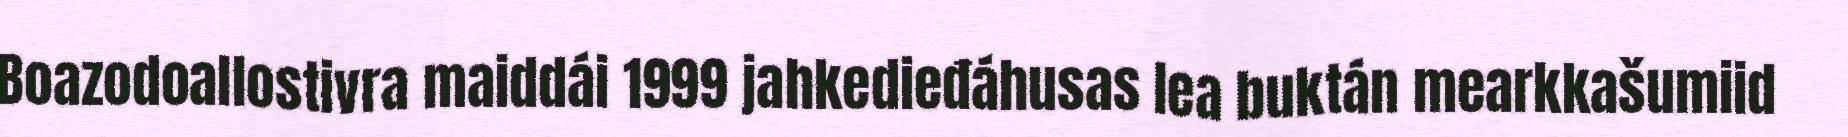
Boazodoallostivra maiddái 1999 jahkedieđáhusas lea buktán mearkkašumiid